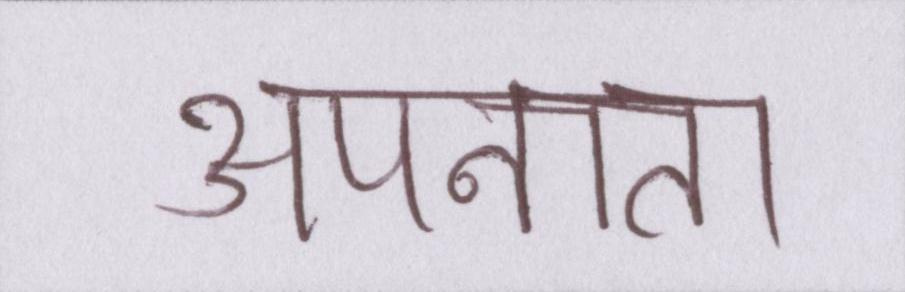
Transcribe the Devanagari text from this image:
अपनाता